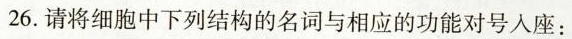
26.请将细胞中下列结构的名词与相应的功能对号入座：